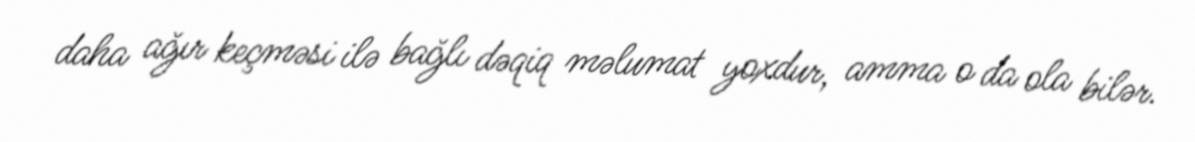
daha ağır keçməsi ilə bağlı dəqiq məlumat yoxdur, amma o da ola bilər.